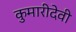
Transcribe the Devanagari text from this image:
कुमारीदेवी